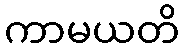
ကာမယတိ